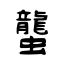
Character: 蠪